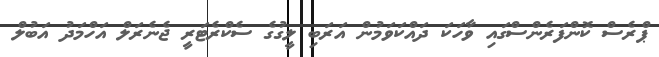
ޕްރެސް ކޮންފަރެންސްގައި ވާހަކަ ދައްކަވަމުން އަރަބި ލީގުގެ ސެކްރެޓަރީ ޖެނެރަލް އަހްމަދު އަބުލް